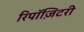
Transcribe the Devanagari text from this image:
रिपॉज़िटरी